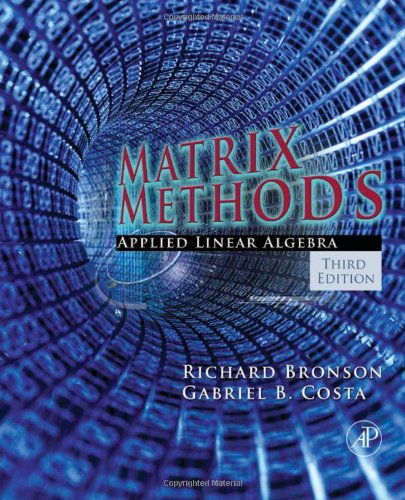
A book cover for Matrix Methods, Third Edition: Applied Linear Algebra; Richard Bronson; Science & Math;